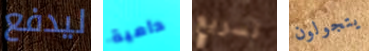
ليدفع دامية تسريع يتجولون